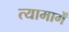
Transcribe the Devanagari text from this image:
त्यामागें